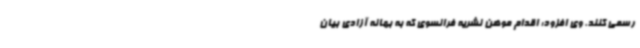
رسمی کنند. وی افزود: اقدام موهن نشریه فرانسوی که به بهانه آزادی بیان